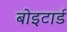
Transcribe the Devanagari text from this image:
बोइटार्ड